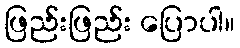
ဖြည်းဖြည်း ပြောပါ။